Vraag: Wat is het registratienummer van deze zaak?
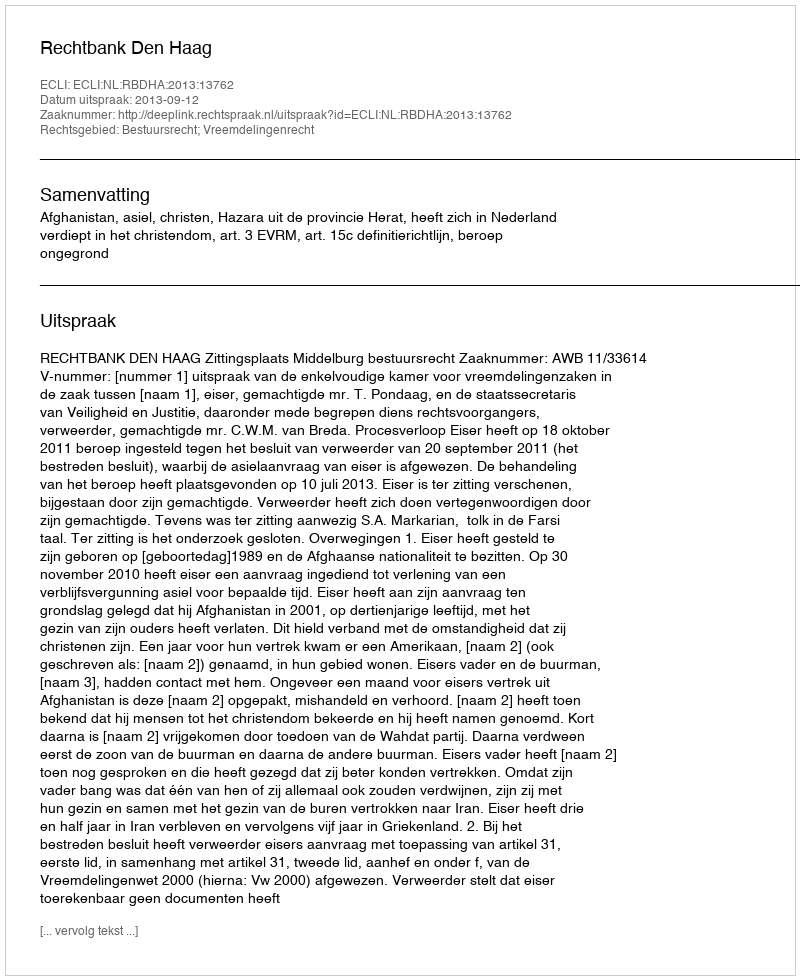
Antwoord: http://deeplink.rechtspraak.nl/uitspraak?id=ECLI:NL:RBDHA:2013:13762